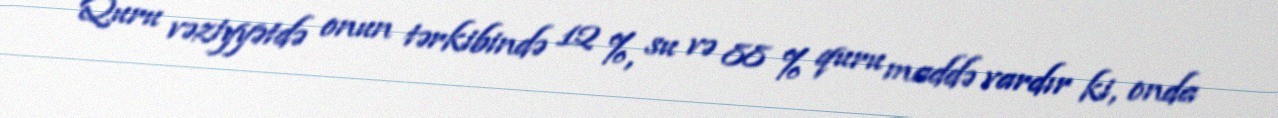
Quru vəziyyətdə onun tərkibində 12 %, su və 88 % quru maddə vardır ki, onda